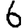
Digit: 6